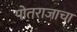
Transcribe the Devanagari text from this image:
पोतराजाचा